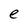
Character: e